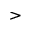
>